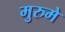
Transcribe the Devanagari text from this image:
मुरुमे